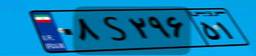
۶۶S۲۵۸۴۹